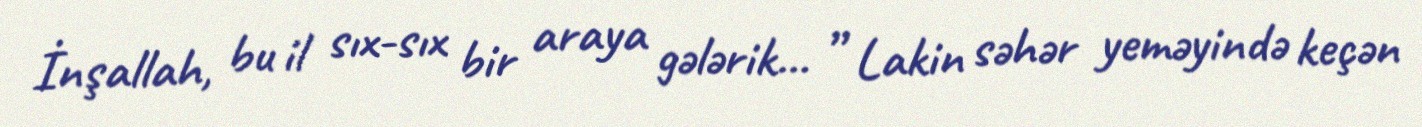
İnşallah, bu il sıx-sıx bir araya gələrik... ” Lakin səhər yeməyində keçən